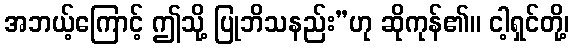
အဘယ့်ကြောင့် ဤသို့ ပြုဘိသနည်း”ဟု ဆိုကုန်၏။ ငါ့ရှင်တို့၊